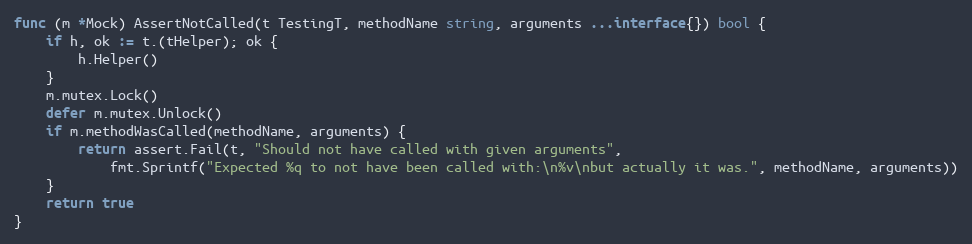
Language: Go
func (m *Mock) AssertNotCalled(t TestingT, methodName string, arguments ...interface{}) bool {
	if h, ok := t.(tHelper); ok {
		h.Helper()
	}
	m.mutex.Lock()
	defer m.mutex.Unlock()
	if m.methodWasCalled(methodName, arguments) {
		return assert.Fail(t, "Should not have called with given arguments",
			fmt.Sprintf("Expected %q to not have been called with:\n%v\nbut actually it was.", methodName, arguments))
	}
	return true
}